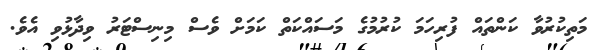
މަތިކުރުވާ ކަންތައް ފުރިހަމަ ކުރުމުގެ މަސައްކަތް ކަމަށް ވެސް މިނިސްޓަރު ވިދާޅުވި އެވެ.